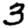
Digit: 3